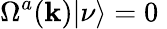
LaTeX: \Omega^{a}({\mathbf{k}})|\nu\rangle=0\;